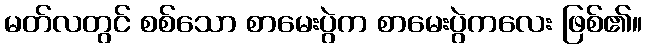
မတ်လတွင် စစ်သော စာမေးပွဲက စာမေးပွဲကလေး ဖြစ်၏။